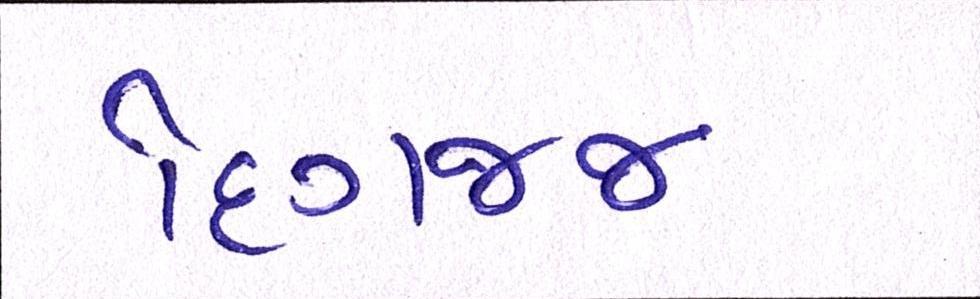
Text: દિગજ્જ